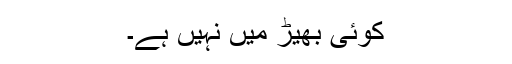
کوئی بھیڑ میں نہیں ہے۔